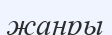
жанры